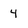
Character: 4